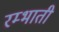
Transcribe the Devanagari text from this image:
रम्भाती